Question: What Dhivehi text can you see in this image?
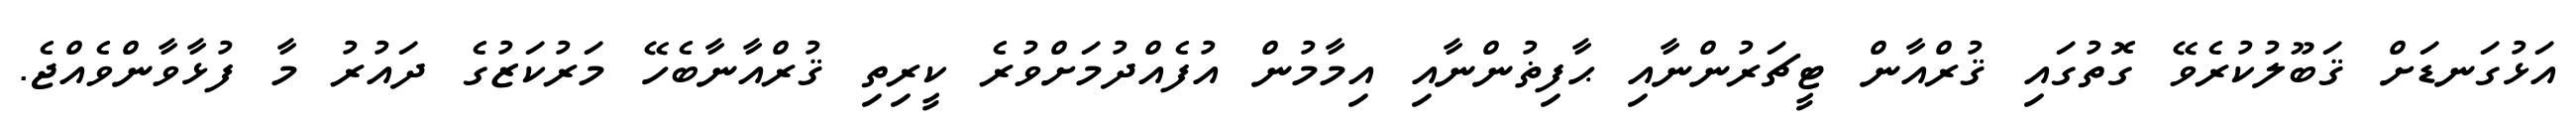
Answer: އަޅުގަނޑަށް ޤަބޫލުކުރެވޭ ގޮތުގައި ޤުރްއާން ޓީޗަރުންނާއި ޙާފިޡުންނާއި އިމާމުން އުފެއްދުމަށްވުރެ ކީރިތި ޤުރްއާނާބެހޭ މަރުކަޒުގެ ދައުރު މާ ފުޅާވާންވެއްޖެ.